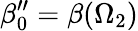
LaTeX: \beta_{0}^{\prime\prime}=\beta(\Omega_{2})